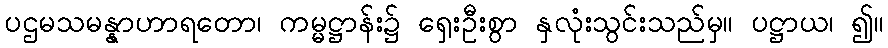
ပဌမသမန္နာဟာရတော၊ ကမ္မဋ္ဌာန်း၌ ရှေးဦးစွာ နှလုံးသွင်းသည်မှ။ ပဋ္ဌာယ၊ ၍။